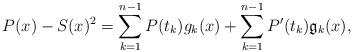
LaTeX: \begin{align*}P(x)-S(x)^2=\sum_{k=1}^{n-1}P(t_k)g_k(x)+\sum_{k=1}^{n-1} P'(t_k)\mathfrak{g}_k(x),\end{align*}